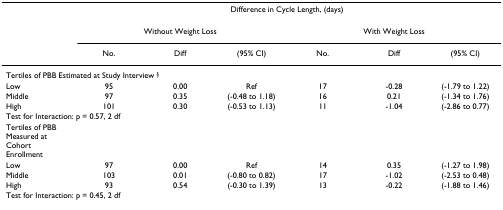
<table><thead><tr><td></td><td colspan="6"><b>Difference in Cycle Length, (days)</b></td></tr><tr><td></td><td colspan="3"><b>Without Weight Loss</b></td><td colspan="3"><b>With Weight Loss</b></td></tr><tr><td></td><td><b>No.</b></td><td><b>Diff</b></td><td><b>(95% CI)</b></td><td><b>No.</b></td><td><b>Diff</b></td><td><b>(95% CI)</b></td></tr></thead><tbody><tr><td colspan="7">Tertiles of PBB Estimated at Study Interview <sup>§</sup></td></tr><tr><td>Low</td><td>95</td><td>0.00</td><td>Ref</td><td>17</td><td>-0.28</td><td>(-1.79 to 1.22)</td></tr><tr><td>Middle</td><td>97</td><td>0.35</td><td>(-0.48 to 1.18)</td><td>16</td><td>0.21</td><td>(-1.34 to 1.76)</td></tr><tr><td>High</td><td>101</td><td>0.30</td><td>(-0.53 to 1.13)</td><td>11</td><td>-1.04</td><td>(-2.86 to 0.77)</td></tr><tr><td colspan="7">Test for Interaction: p = 0.57, 2 df</td></tr><tr><td>Tertiles of PBB Measured at Cohort Enrollment</td><td></td><td></td><td></td><td></td><td></td><td></td></tr><tr><td>Low</td><td>97</td><td>0.00</td><td>Ref</td><td>14</td><td>0.35</td><td>(-1.27 to 1.98)</td></tr><tr><td>Middle</td><td>103</td><td>0.01</td><td>(-0.80 to 0.82)</td><td>17</td><td>-1.02</td><td>(-2.53 to 0.48)</td></tr><tr><td>High</td><td>93</td><td>0.54</td><td>(-0.30 to 1.39)</td><td>13</td><td>-0.22</td><td>(-1.88 to 1.46)</td></tr><tr><td colspan="7">Test for Interaction: p = 0.45, 2 df</td></tr></tbody></table>